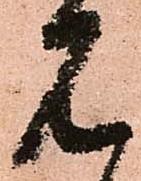
見